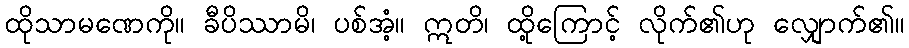
ထိုသာမဏေကို။ ခီပိဿာမိ၊ ပစ်အံ့။ ဣတိ၊ ထို့ကြောင့် လိုက်၏ဟု လျှောက်၏။